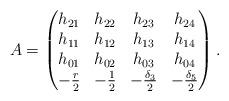
LaTeX: \begin{align*}A = \begin{pmatrix} h_{21} & h_{22} & h_{23} & h_{24} \\ h_{11} & h_{12} & h_{13} & h_{14} \\ h_{01} & h_{02} & h_{03} & h_{04} \\ -\frac{r}{2} & -\frac{1}{2} & -\frac{\delta_3}{2} & -\frac{\delta_5}{2} \end{pmatrix}.\end{align*}